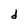
Character: d